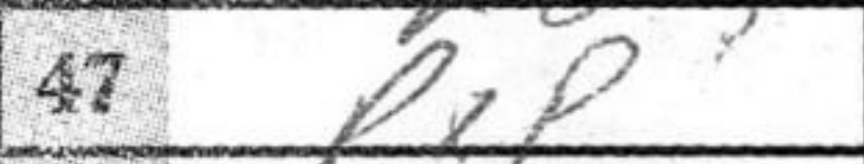
Transcription: PxP